Riigikantselei, lk 7
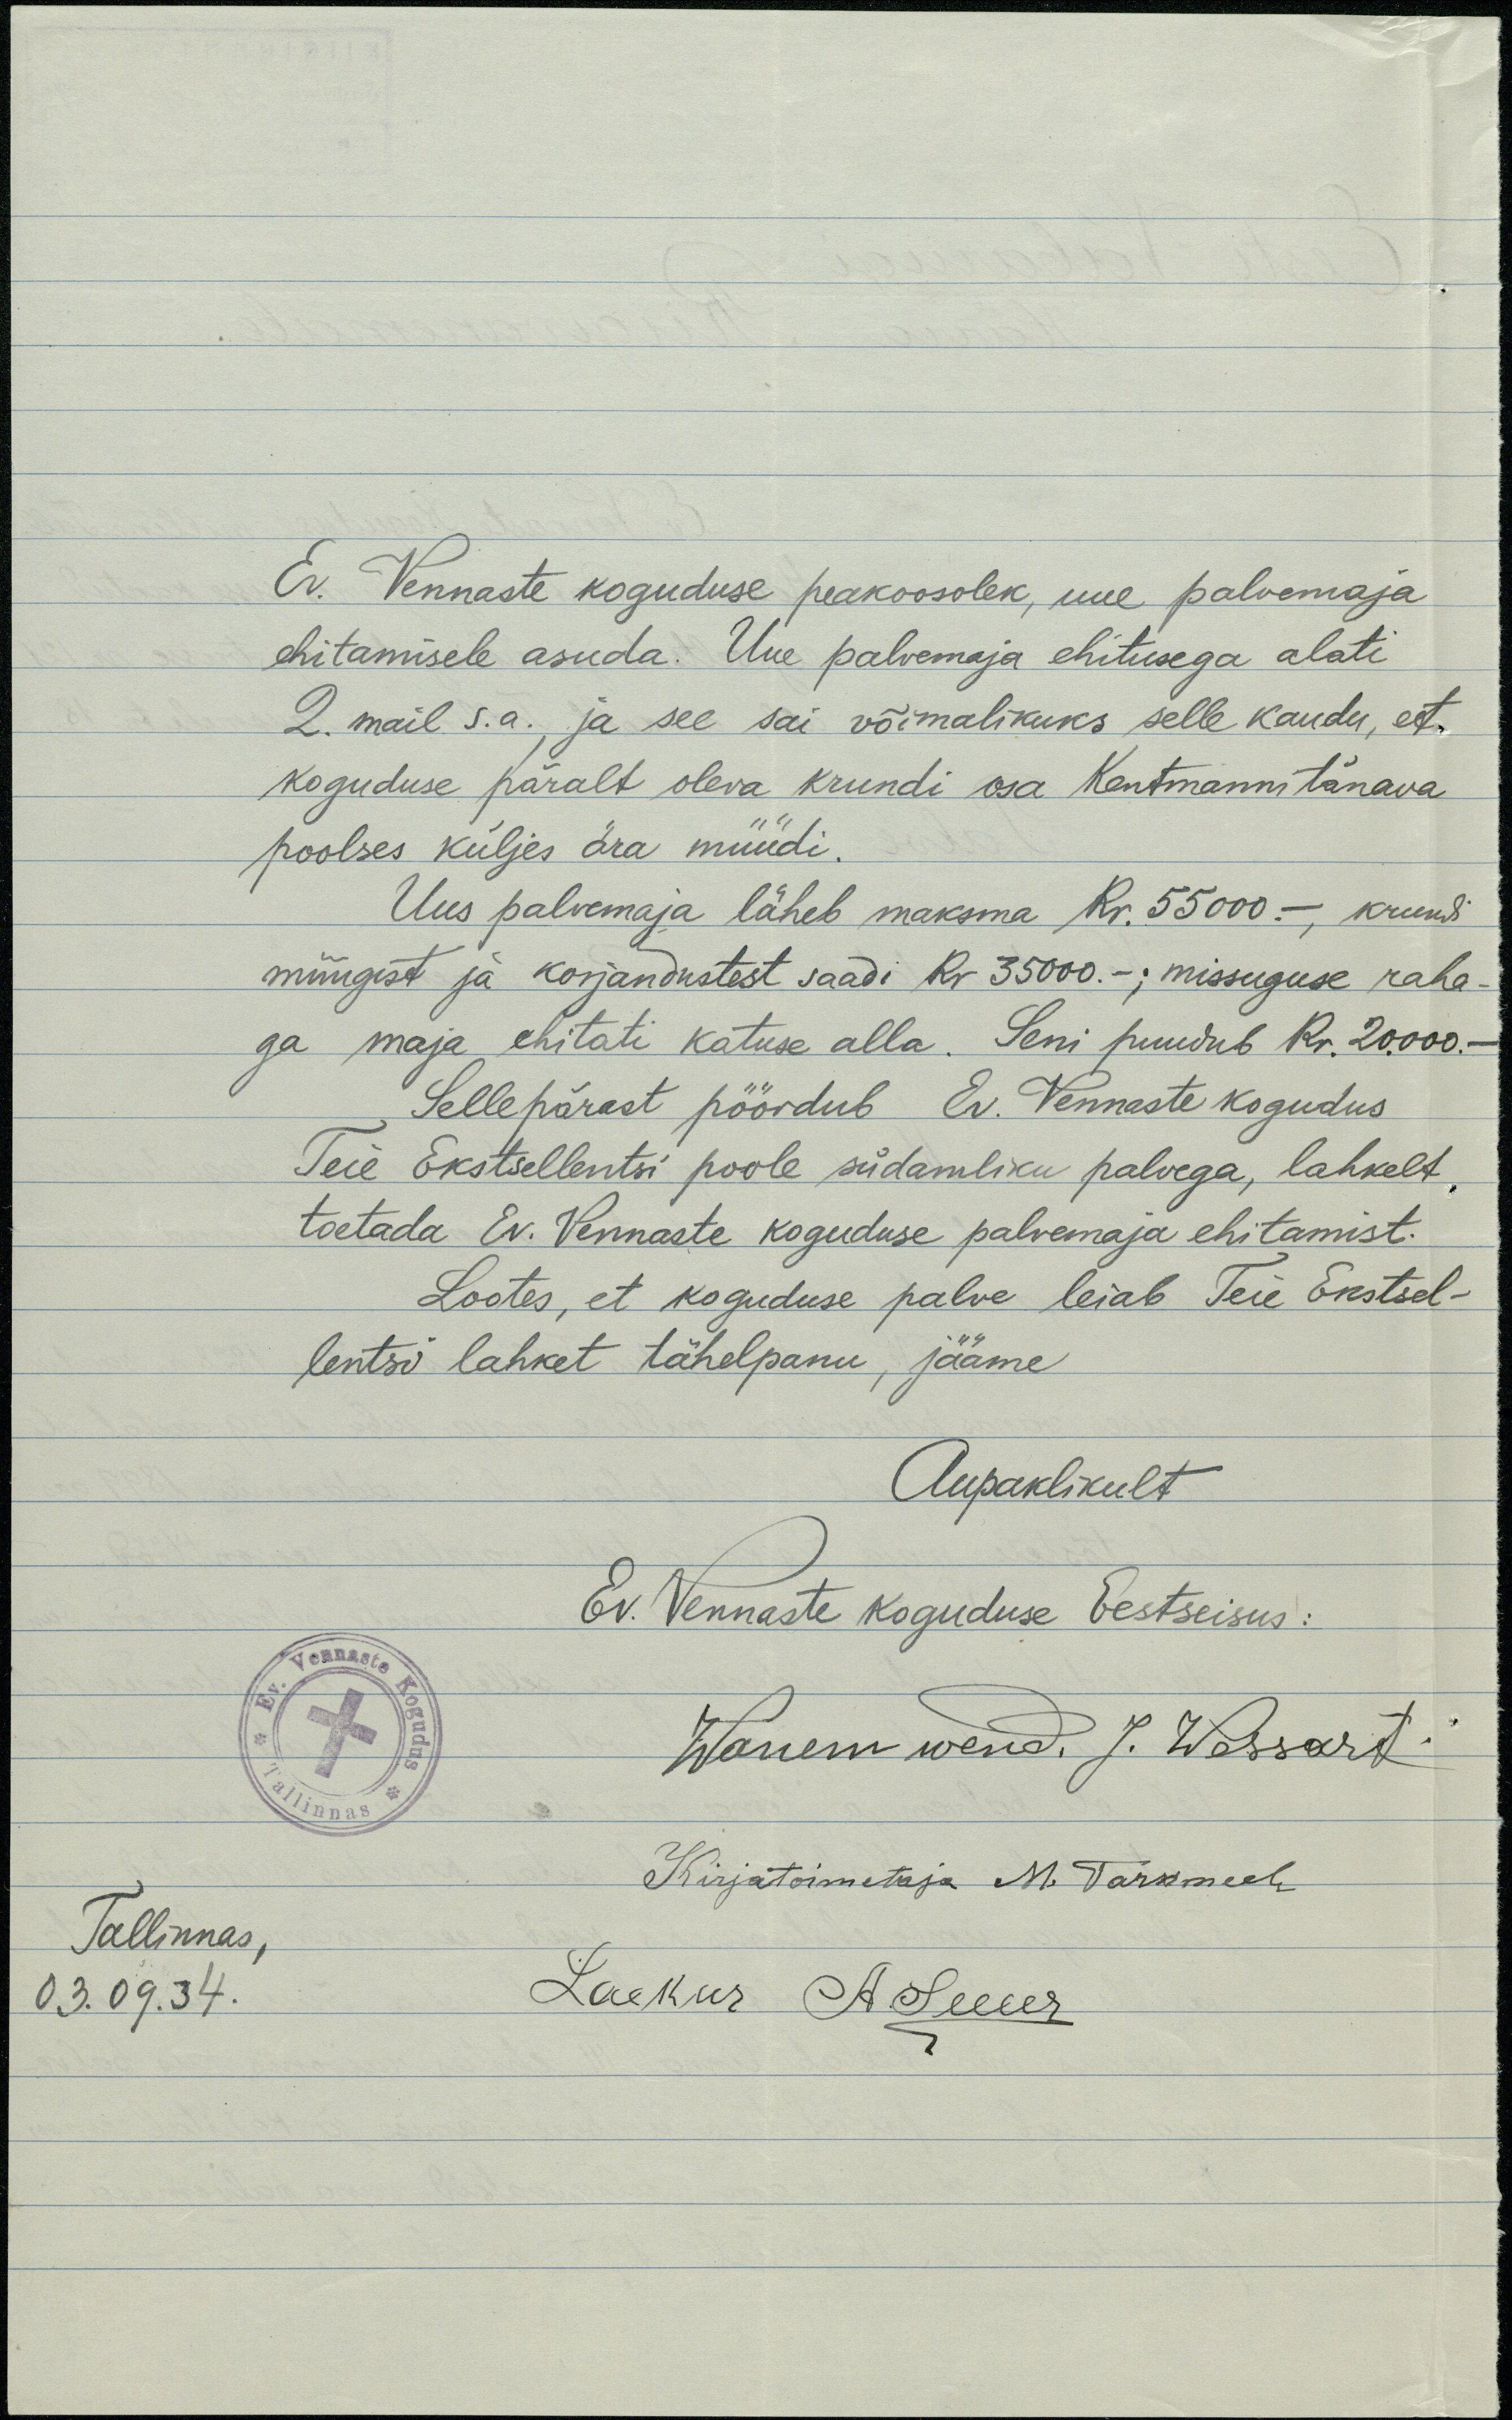
Ev. Vennaste koguduse peakoosolek, uue palvemaja
ehitamisele asuda. Uue palvemaja ehitusega alati
2. mail s.a., ja see sai võimalikuks selle kaudu, et
koguduse päralt oleva krundi osa Kentmanni tänava
poolses küljes ära müüdi.
Uus palvemaja läheb maksma Kr. 55000 - krundi
müügist ja korjandustest saadi Kr 35000.-; missuguse raha-
ga maja ehitati katuse alla. Seni puudub Kr. 20000.-
Sellepärast pöördub Ev. Vennaste kogudus
Teie Ekstsellentsi poole südamliku palvega, lahkelt,
toetada Ev. Vennaste koguduse palvemaja ehitamist.
Lootes, et koguduse palve leiab Teie Ekstsel-
lentsi lahket tähelepanu, jääme
Aupaklikult
Ev. Vennaste koguduse Eestseisus:
Wanem wend. J. Wassart
Kirjatoimetaja M. Tarkmeel
Tallinnas,
03. 09. 34.
Laekur A. Suur